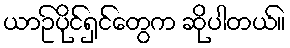
ယာဥ်ပိုင်ရှင်တွေက ဆိုပါတယ်။